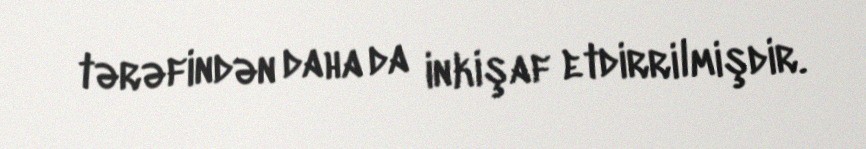
tərəfindən daha da inkişaf etdirrilmişdir.